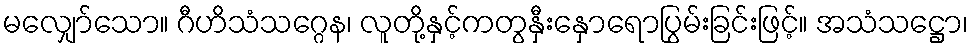
မလျှော်သော။ ဂီဟိသံသဂ္ဂေန၊ လူတို့နှင့်ကတွနှီးနှောရောပြွမ်းခြင်းဖြင့်။ အသံသဋ္ဌော၊